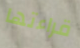
قراءتها